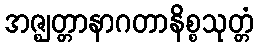
အဇ္ဈတ္တာနာဂတာနိစ္စသုတ္တံ